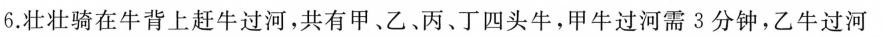
6.壮壮骑在牛背上赶牛过河，共有甲、乙﹑丙、丁四头牛，甲牛过河需3分钟，乙牛过河